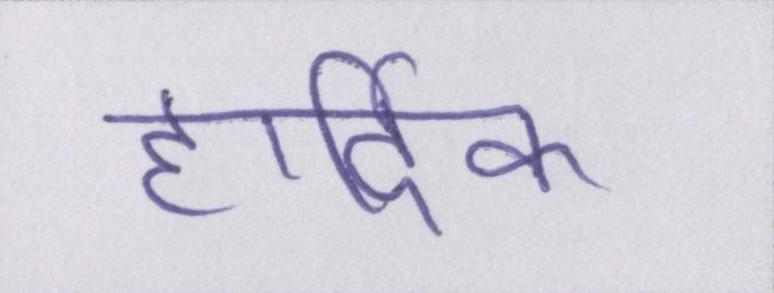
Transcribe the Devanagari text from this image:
हार्दिक